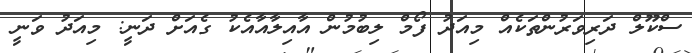
ސްކޫލް ދަރިވަރުންތަކެއް މިއަދު ފޯމް ލިބުމުން އާއިލާއާއެކު ގެއަށް ދަނީ: މިއަދު ވަނީ